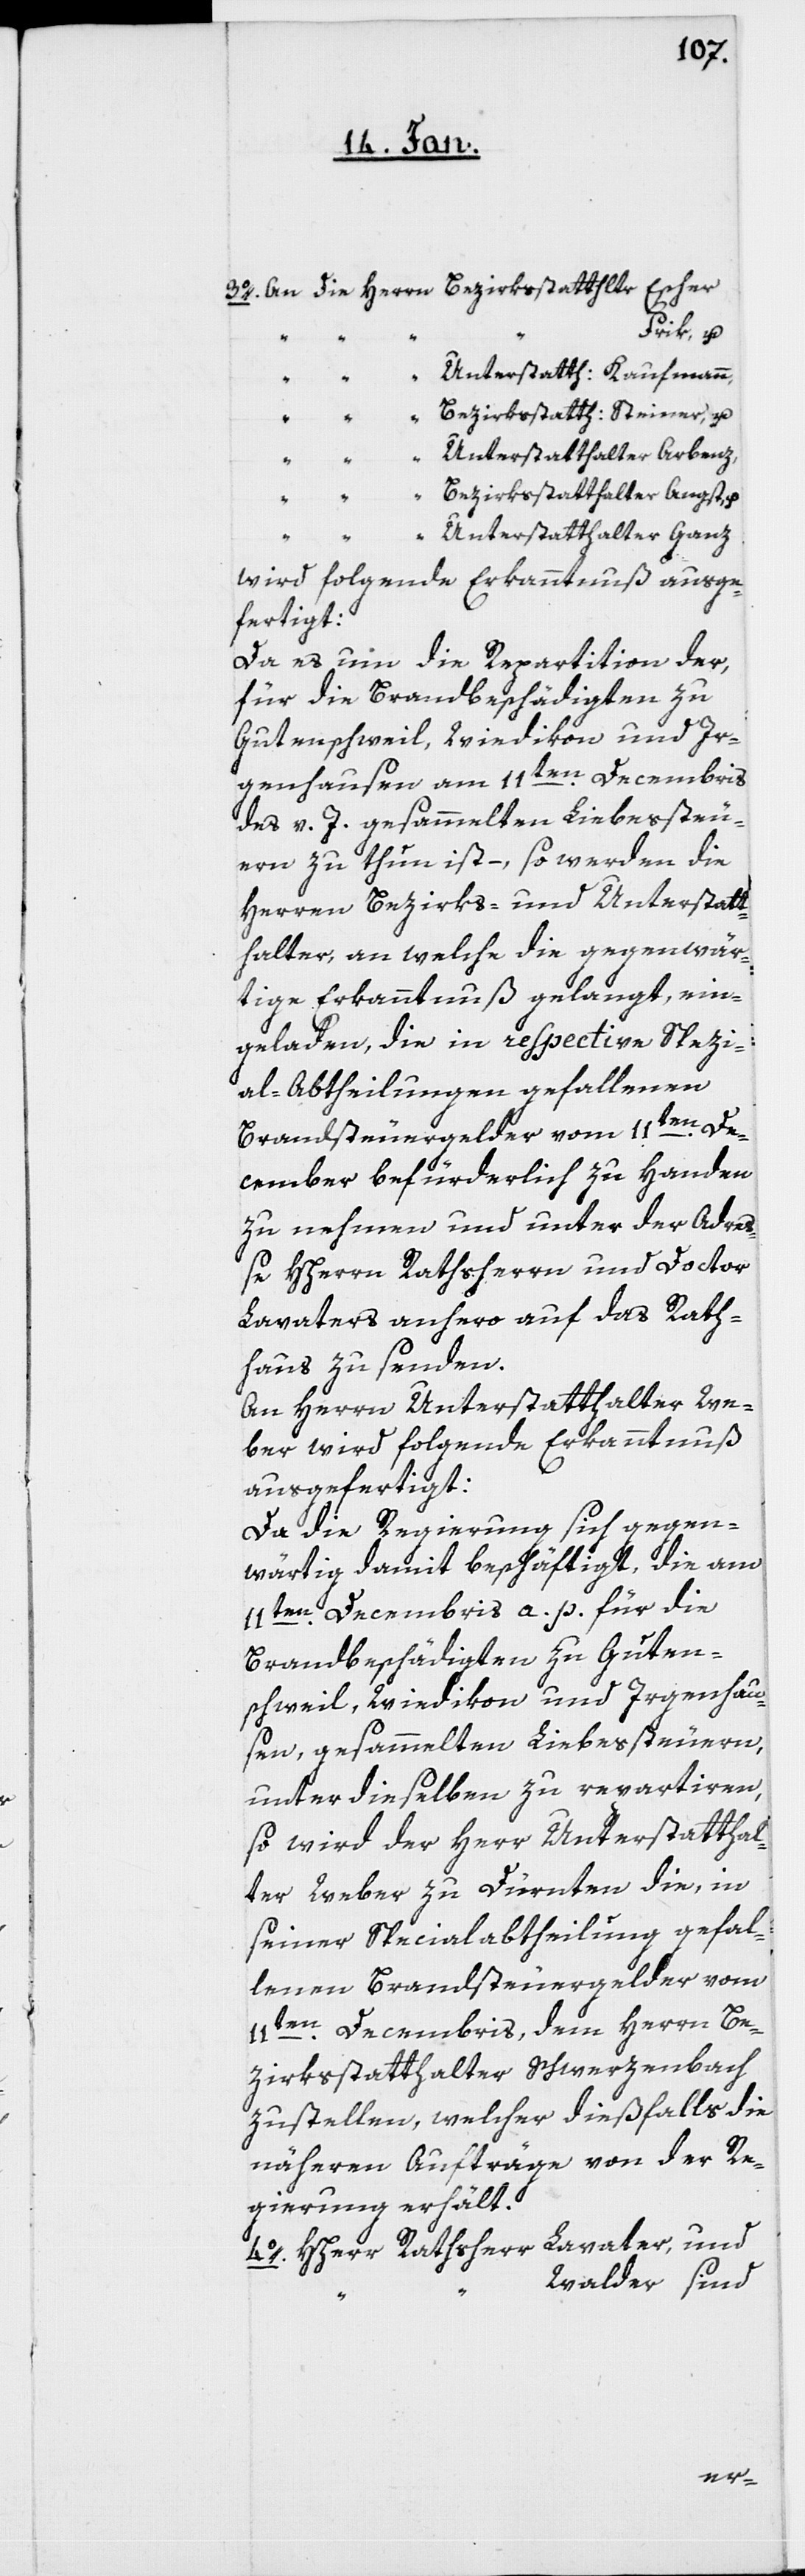
Steiner, u.
wird folgende Erkanntnuß ausge¬
fertigt:
Da es um die Repartition der,
für die Brandbeschädigten zu
Gutenschweil, Wiedikon und Ir¬
genhausen am 11ten. Decembris
des v. J. gesammelten Liebessteu¬
ern zu thun ist, so werden die
Herren Bezirks- und Unterstatt¬
halter, an welche die gegenwär¬
tige Erkanntnuß gelangt, ein¬
geladen, die in respective Spezi¬
al-Abtheilungen gefallenen
Brandsteuergelder vom 11ten. De¬
cember befürderlich zu Handen
zu nehmen und unter der Adre¬
ße HHerrn Rathsherrn und Doctor
Lavaters anhero auf das Rath¬
aus zu senden.
An Herrn Unterstatthalter We¬
ber wird folgende Erkanntnuß
ausgefertigt:
Da die Regierung sich gegen¬
wärtig damit beschäftigt, die am
11ten. Decembris a. p. für die
Brandbeschädigten zu Guten¬
schweil, Wiedikon und Irgenhau¬
sen gesammelten Liebessteuern,
unter dieselben zu repartieren,
so wird der Herr Unterstatthal¬
ter Weber zu Dürnten die, in
seiner Specialabtheilung gefal¬
lenen Brandsteuergelder vom
11ten. Decembris, dem Herrn Be¬
zirksstatthalter Schwerzenbach
zustellen, welcher dießfalls die
näheren Aufträge von der Re¬
gierung erhält.
4o. HHerr Rathsherr Lavater und
Walder sind